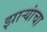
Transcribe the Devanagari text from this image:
झाऱ्यांचा